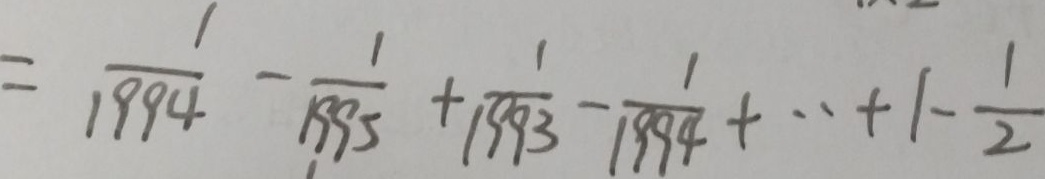
= \frac { 1 } { 1 9 9 4 } - \frac { 1 } { 1 9 9 5 } + \frac { 1 } { 1 9 9 3 } - \frac { 1 } { 1 9 9 4 } + \cdot + 1 - \frac { 1 } { 2 }